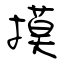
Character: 摸